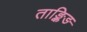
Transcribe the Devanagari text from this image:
ताङ्किङ